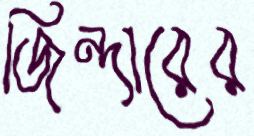
জিন্দারের